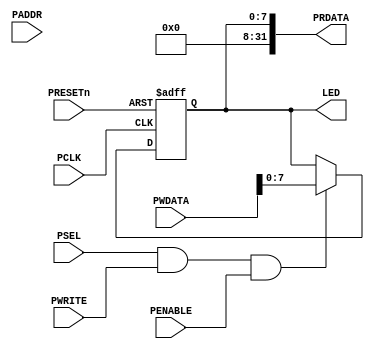
module APB2LED
(
	input wire			 PSEL,
	input wire			 PCLK,
	input wire			 PRESETn,

	input wire			 PENABLE,
	input wire			 PWRITE,	

	input wire  [31:0] 	 PADDR,
	input wire  [31:0] 	 PWDATA,

	output wire [31:0] 	 PRDATA,
	
	output wire [ 7:0] 	 LED
);

reg [ 7:0]  rLED;


//
always@(posedge PCLK or negedge PRESETn)
begin
	if(!PRESETn)
		rLED <= 8'b0000_0000;
	else if(PSEL & PWRITE & PENABLE)
		rLED <= PWDATA[7:0];
end

//
assign PRDATA = {24'h0000_00,rLED};
assign LED = rLED;

endmodule